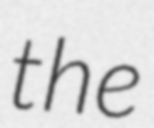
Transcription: the